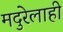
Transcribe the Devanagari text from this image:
मदुरेलाही